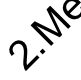
M 2.